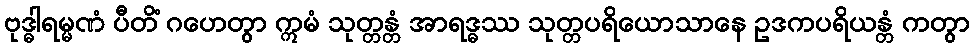
ဗုဒ္ဓါရမ္မဏံ ပီတိံ ဂဟေတွာ ဣမံ သုတ္တန္တံ အာရဒ္ဓဿ သုတ္တပရိယောသာနေ ဥဒကပရိယန္တံ ကတွာ